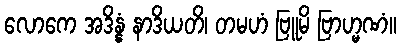
လောကေ အဒိန္နံ နာဒိယတိ၊ တမဟံ ဗြူမိ ဗြာဟ္မဏံ။